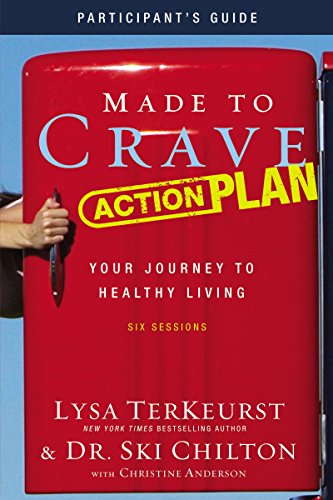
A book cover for Made to Crave Action Plan Participant's Guide: Your Journey to Healthy Living; Lysa TerKeurst; Christian Books & Bibles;